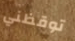
توقظني